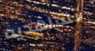
تشاهديه